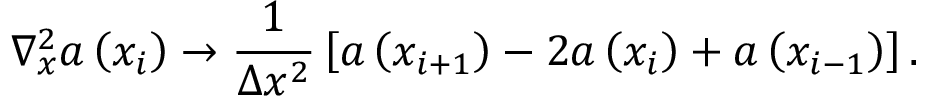
\nabla _ { x } ^ { 2 } a \left( x _ { i } \right) \rightarrow \frac { 1 } { \Delta x ^ { 2 } } \left[ a \left( x _ { i + 1 } \right) - 2 a \left( x _ { i } \right) + a \left( x _ { i - 1 } \right) \right] .